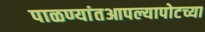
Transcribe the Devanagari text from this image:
पाळण्यांतआपल्यापोटच्या